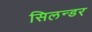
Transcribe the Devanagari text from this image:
सिलन्डर